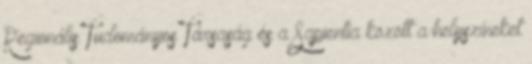
Regionális Tudományos Társaság és a Sapientia között a helyszíneket